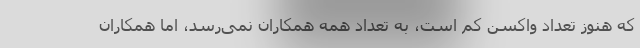
که هنوز تعداد واکسن کم است، به تعداد همه همکاران نمی‌رسد، اما همکاران